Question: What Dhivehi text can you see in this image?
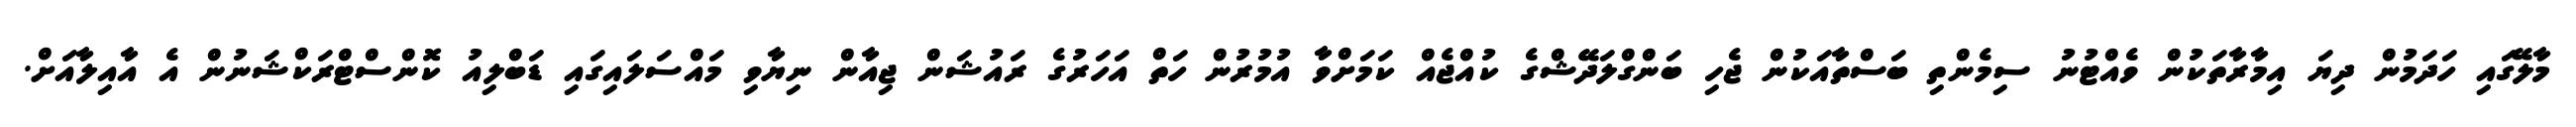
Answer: މާލޭގައި ހަދަމުން ދިޔަ އިމާރާތަކުން ވެއްޓުނު ސިމެންތި ބަސްތާއަކުން ޖެހި ބަންގްލަދޭޝްގެ ކުއްޖެއް ކަމަށްވާ އުމުރުން ހަތް އަހަރުގެ ރައުޝަން ޖިއާން ނިޔާވި މައްސަލައިގައި ޑަބްލިއު ކޮންސްޓްރަކްޝަނުން އެ އާއިލާއަށް.